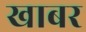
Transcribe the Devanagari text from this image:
खाबर